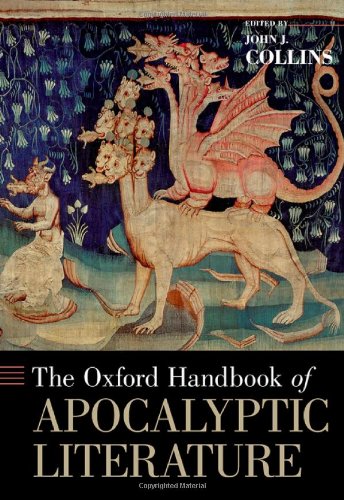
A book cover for The Oxford Handbook of Apocalyptic Literature (Oxford Handbooks); Religion & Spirituality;